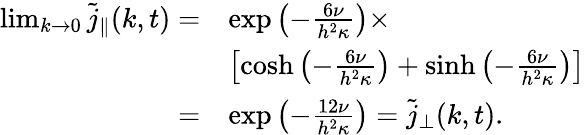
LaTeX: \begin{array}{rl}{\operatorname*{lim}_{k\to 0}\tilde{j}_{\parallel}(k,t)=}&{\exp\left(-\frac{6\nu}{h^{2}\kappa}\right)\times}\\ &{\left[\cosh\left(-\frac{6\nu}{h^{2}\kappa}\right)+\sinh\left(-\frac{6\nu}{h^{2}\kappa}\right)\right]}\\ {=}&{\exp\left(-\frac{12\nu}{h^{2}\kappa}\right)=\tilde{j}_{\perp}(k,t).}\end{array}